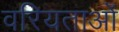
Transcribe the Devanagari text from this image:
वरियताओं